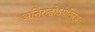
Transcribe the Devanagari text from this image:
अनिरुद्धोऽप्रतिरथः